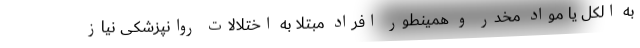
به الکل یا مواد مخدر و همینطور افراد مبتلا به اختلالات روانپزشکی نیاز